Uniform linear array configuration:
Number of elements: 16
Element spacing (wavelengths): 0.5
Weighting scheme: kaiser
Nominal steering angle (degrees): -30
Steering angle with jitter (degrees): -29.016
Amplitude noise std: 0.05
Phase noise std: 0.05

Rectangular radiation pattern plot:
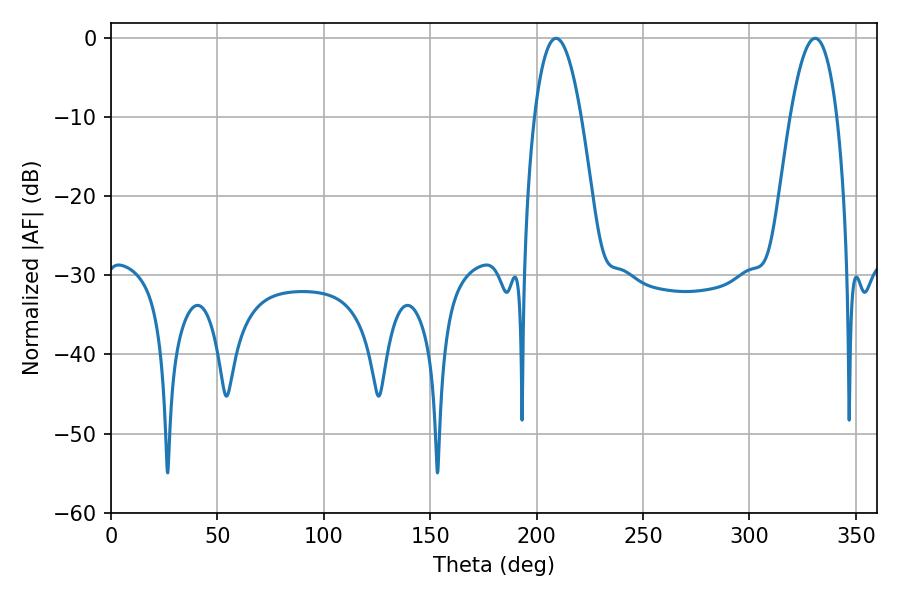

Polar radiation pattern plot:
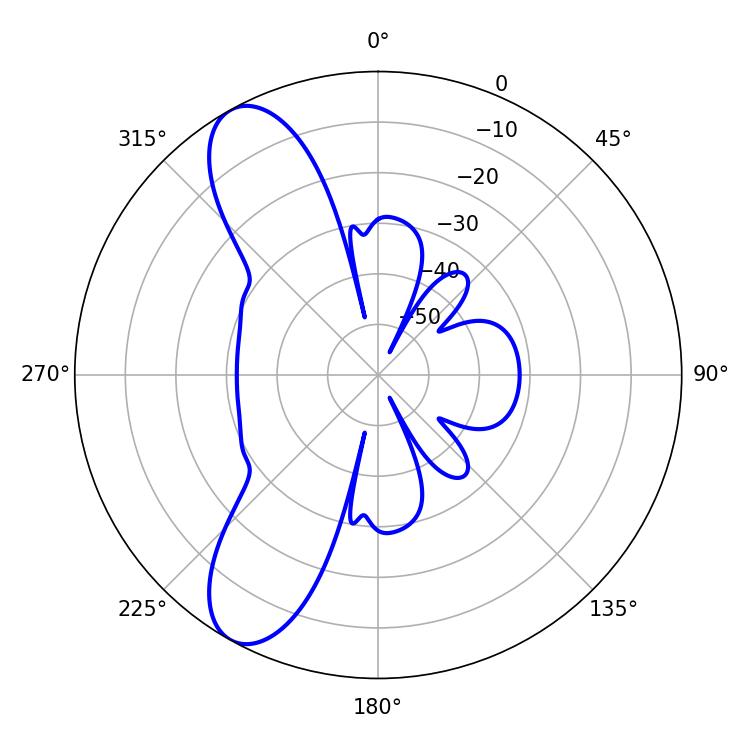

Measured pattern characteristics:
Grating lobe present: FALSE
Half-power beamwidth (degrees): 12.24
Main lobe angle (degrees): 209.16